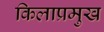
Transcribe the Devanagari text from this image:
किलाप्रमुख